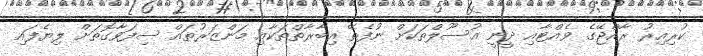
ކުރިއިރު ރާއްޖޭގެ ވެއްޓާއި ދީނީ އުސޫލްތަކަށް ނުފެތޭ އިބާރާތްތަކާއި މަންޒަރުތައް ސިފަވާގޮތަށް ލިޔެފައި